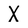
Character: X